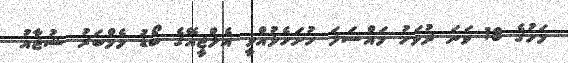
މަހުގެ 18 ވަނަ ދުވަހު މައްސަލަ ހުށަހެޅުއްވީ އެލްޖީއޭގެ ބޯޑު މެމްބަރު ޝުޖާއު